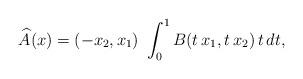
LaTeX: \begin{align*} \widehat A (x) = (-x_2, x_1)\ \int_0^1 B( t\, x_1, t\, x_2)\, t\, dt,\end{align*}